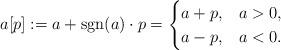
LaTeX: \begin{align*}a[p]:=a+{\rm sgn}(a)\cdot p=\begin{cases}a+p,&a>0,\\a-p,&a<0.\end{cases}\end{align*}